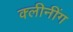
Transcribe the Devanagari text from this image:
क्लीनींग